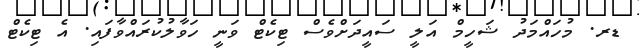
ޑރ. މުހައްމަދު ޝަހީމް އަލީ ސައީދަށްވެސް ޓިކެޓް ވަނީ ހަވާލުކުރައްވާފައި. އެ ޓިކެޓް